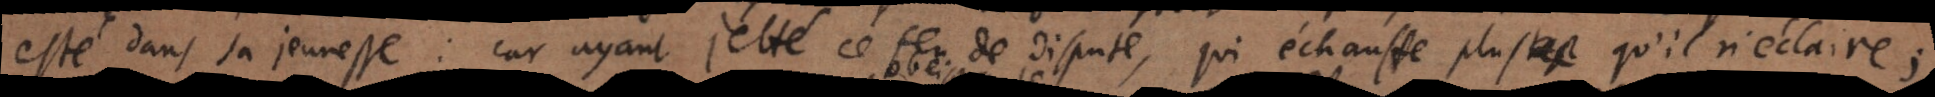
esté dans sa jeunesse: car ayant jetté ce feu de dispute, qui échauffe plus qu’il n’éclaire;